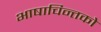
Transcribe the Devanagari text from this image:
भाषाचिन्तको